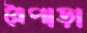
রৈপাড়া